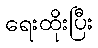
ရေးထိုးပြီး